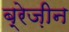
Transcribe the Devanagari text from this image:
ब्रेज़ीन